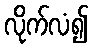
လိုက်လံ၍